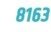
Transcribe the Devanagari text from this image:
८१६३